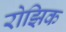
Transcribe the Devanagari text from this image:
रोझिक